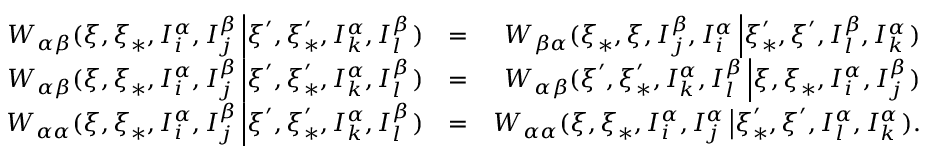
\begin{array} { r l r } { W _ { \alpha \beta } ( \boldsymbol { \xi } , \boldsymbol { \xi } _ { \ast } , I _ { i } ^ { \alpha } , I _ { j } ^ { \beta } \left\vert \boldsymbol { \xi } ^ { \prime } , \boldsymbol { \xi } _ { \ast } ^ { \prime } , I _ { k } ^ { \alpha } , I _ { l } ^ { \beta } \right. ) } & { = } & { W _ { \beta \alpha } ( \boldsymbol { \xi } _ { \ast } , \boldsymbol { \xi } , I _ { j } ^ { \beta } , I _ { i } ^ { \alpha } \left\vert \boldsymbol { \xi } _ { \ast } ^ { \prime } , \boldsymbol { \xi } ^ { \prime } , I _ { l } ^ { \beta } , I _ { k } ^ { \alpha } \right. ) } \\ { W _ { \alpha \beta } ( \boldsymbol { \xi } , \boldsymbol { \xi } _ { \ast } , I _ { i } ^ { \alpha } , I _ { j } ^ { \beta } \left\vert \boldsymbol { \xi } ^ { \prime } , \boldsymbol { \xi } _ { \ast } ^ { \prime } , I _ { k } ^ { \alpha } , I _ { l } ^ { \beta } \right. ) } & { = } & { W _ { \alpha \beta } ( \boldsymbol { \xi } ^ { \prime } , \boldsymbol { \xi } _ { \ast } ^ { \prime } , I _ { k } ^ { \alpha } , I _ { l } ^ { \beta } \left\vert \boldsymbol { \xi } , \boldsymbol { \xi } _ { \ast } , I _ { i } ^ { \alpha } , I _ { j } ^ { \beta } \right. ) } \\ { W _ { \alpha \alpha } ( \boldsymbol { \xi } , \boldsymbol { \xi } _ { \ast } , I _ { i } ^ { \alpha } , I _ { j } ^ { \beta } \left\vert \boldsymbol { \xi } ^ { \prime } , \boldsymbol { \xi } _ { \ast } ^ { \prime } , I _ { k } ^ { \alpha } , I _ { l } ^ { \beta } \right. ) } & { = } & { W _ { \alpha \alpha } ( \boldsymbol { \xi } , \boldsymbol { \xi } _ { \ast } , I _ { i } ^ { \alpha } , I _ { j } ^ { \alpha } \left\vert \boldsymbol { \xi } _ { \ast } ^ { \prime } , \boldsymbol { \xi } ^ { \prime } , I _ { l } ^ { \alpha } , I _ { k } ^ { \alpha } \right. ) \mathrm { . } } \end{array}